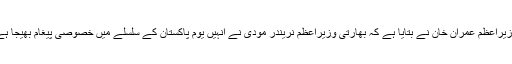
وزیراعظم عمران خان نے بتایا ہے کہ بھارتی وزیراعظم نریندر مودی نے انہیں یوم پاکستان کے سلسلے میں خصوصی پیغام بھیجا ہے۔